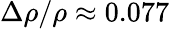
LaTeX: \Delta\rho/\rho\approx 0.077